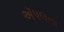
ઍપલના